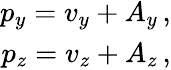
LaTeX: \begin{array}{r}{p_{y}=v_{y}+A_{y}\, ,}\\ {p_{z}=v_{z}+A_{z}\, ,}\end{array}